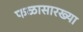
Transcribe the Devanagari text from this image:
फळासारख्या